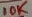
Text: 10K